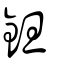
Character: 鉭